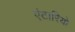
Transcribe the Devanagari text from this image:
एंटारियो